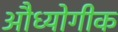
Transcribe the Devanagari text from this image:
औध्योगीक